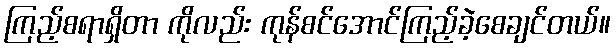
ကြည့်စရာရှိတာ ကိုလည်း ကုန်စင်အောင်ကြည့်ခဲ့စေချင်တယ်။